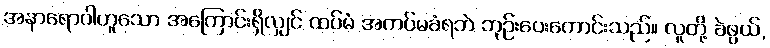
အနာရောဂါဟူသော အကြောင်းရှိလျှင် ထပ်မံ အကပ်မခံရဘဲ ဘုဉ်းပေးကောင်းသည်။ လူတို့ ခဲဖွယ်,